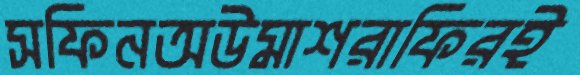
সফিনঅউমাশরাফিরই